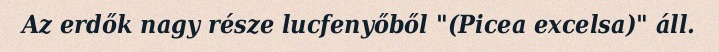
Az erdők nagy része lucfenyőből "(Picea excelsa)" áll.